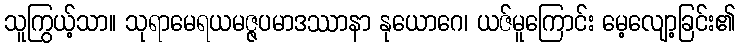
သူကြွယ့်သာ။ သုရာမေရယမဇ္ဇပမာဒဿာနာ နုယောဂေ၊ ယဇ်မူကြောင်း မေ့လျော့ခြင်း၏